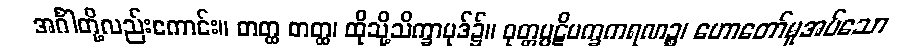
အင်္ဂါတို့လည်းကောင်း။ တတ္ထ တတ္ထ၊ ထိုသို့သိက္ခာပုဒ်၌။ ဝုတ္တပ္ပဋိပက္ခကရဏဉ္စ၊ ဟောတော်မူအပ်သော